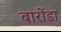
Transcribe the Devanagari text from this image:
बारोंडा